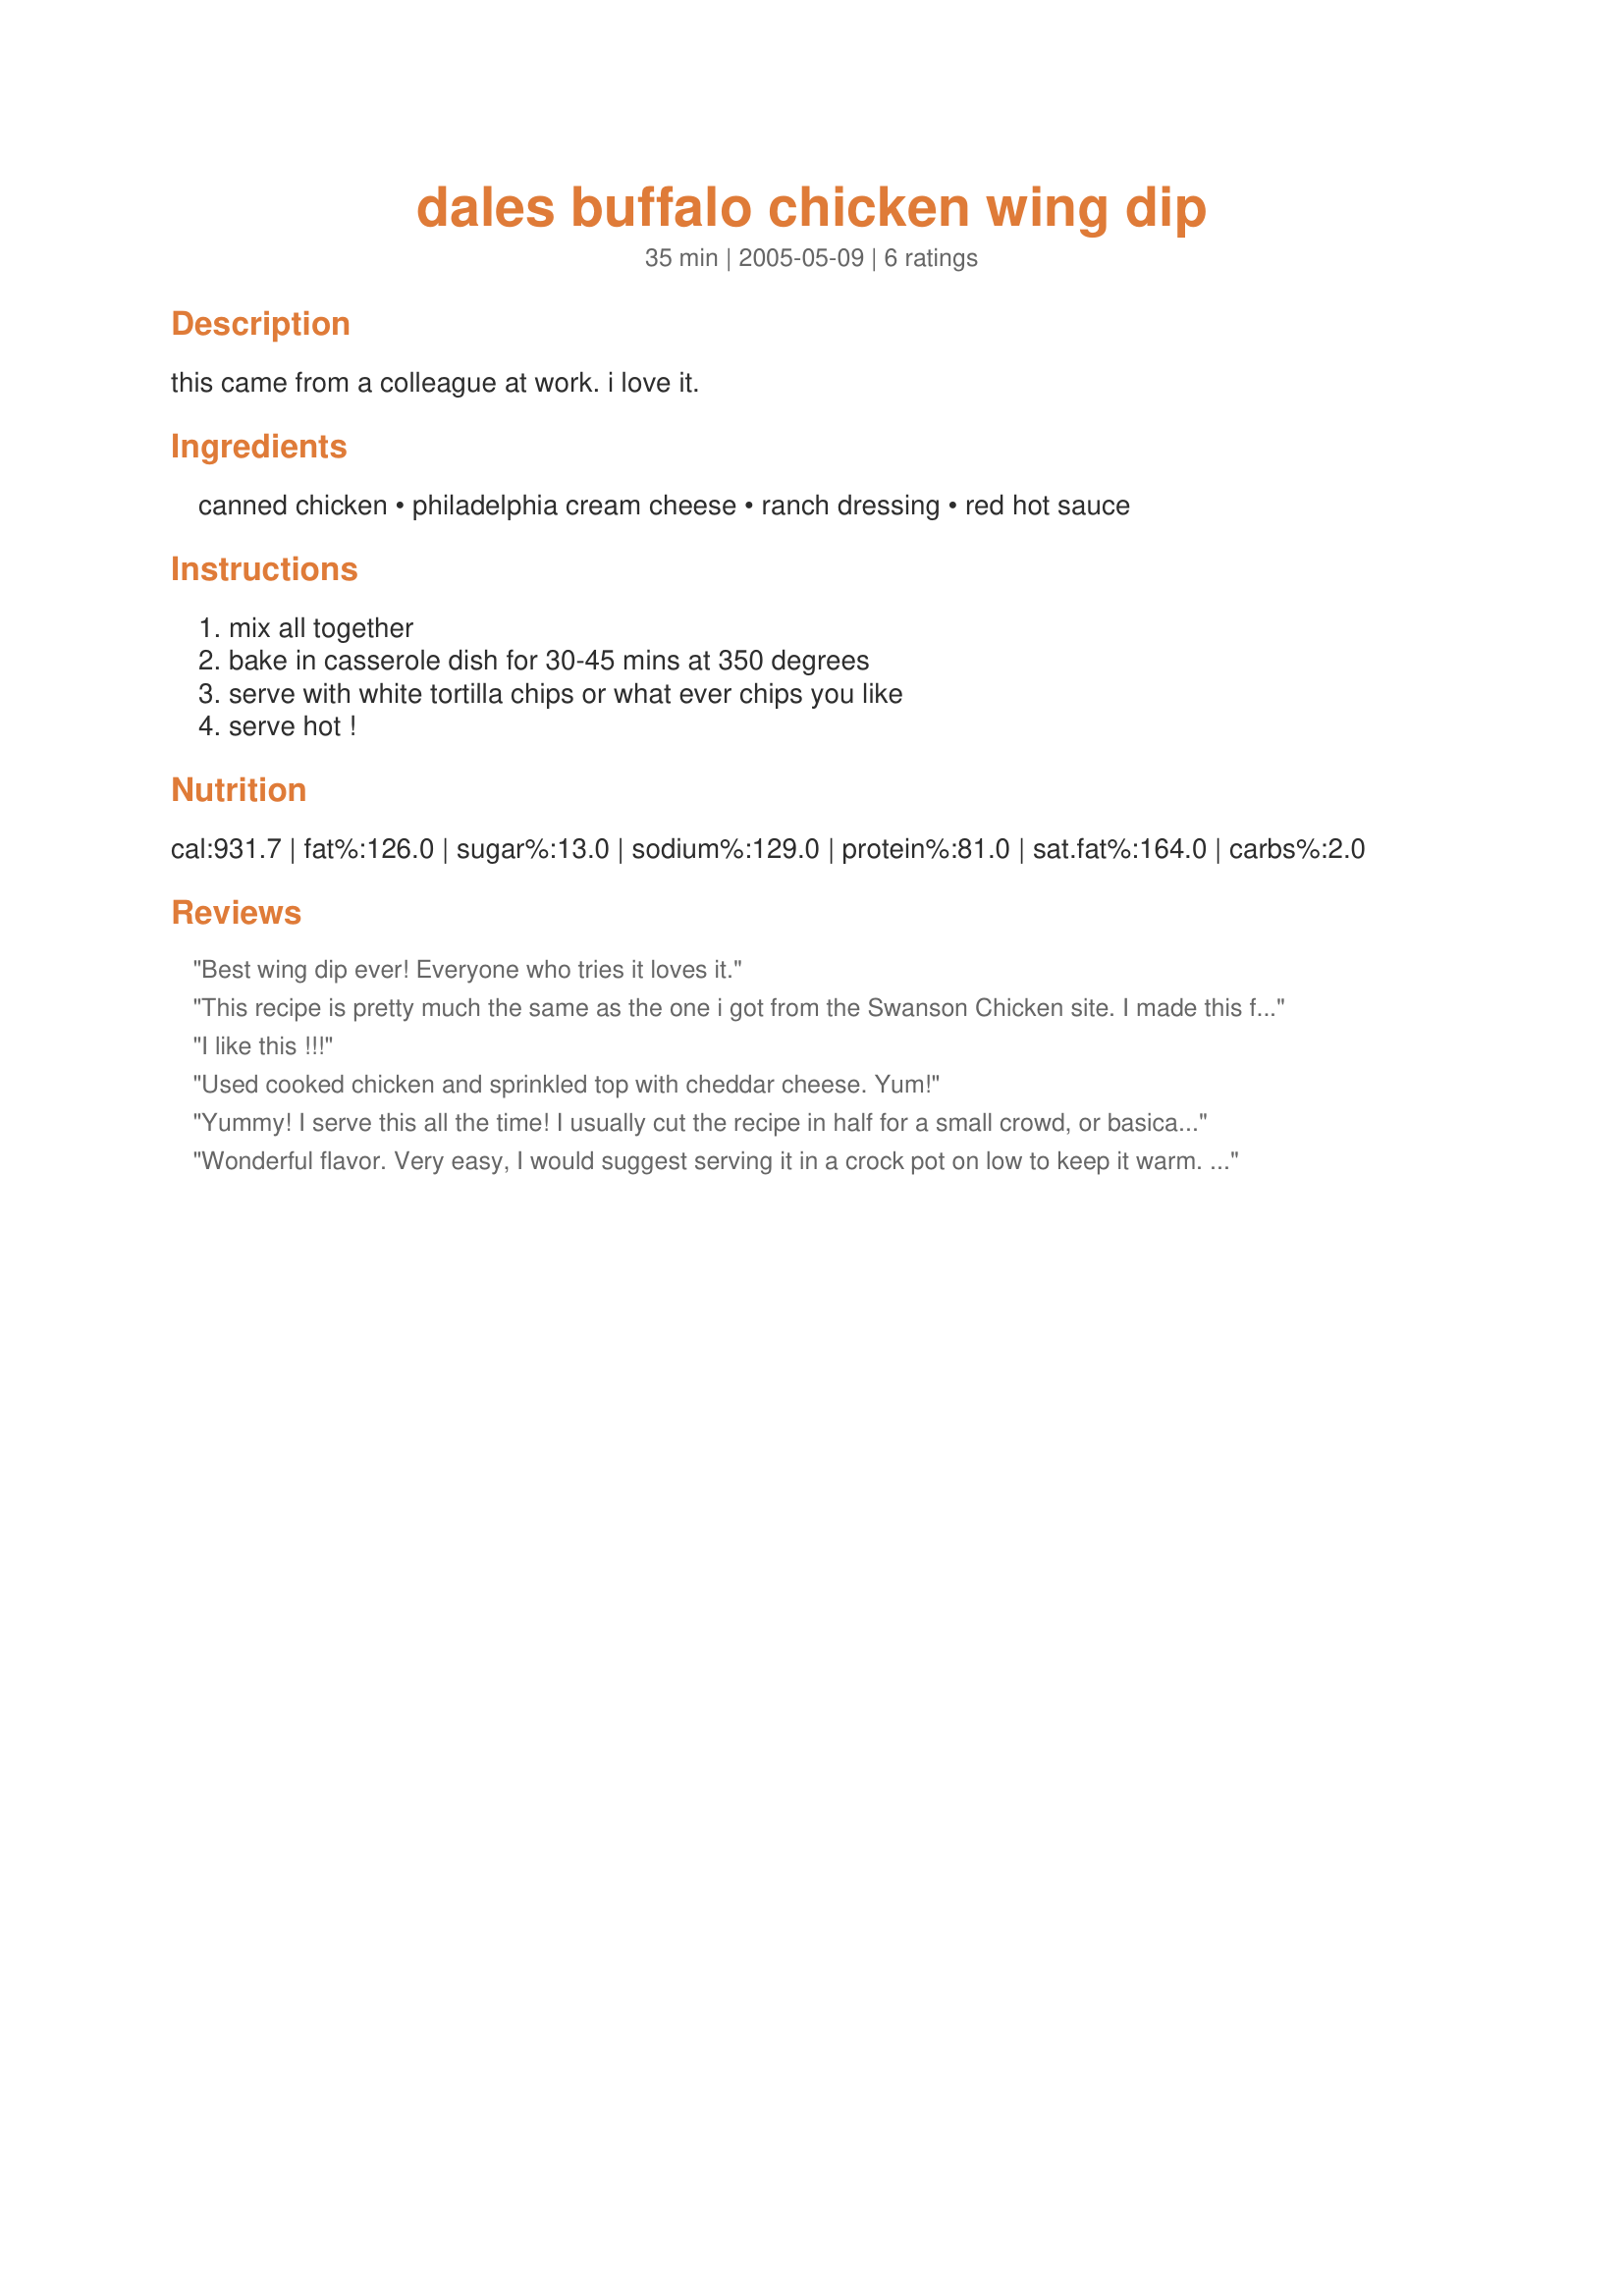
dales buffalo chicken wing dip
Preparation time: 35 minutes

this came from a colleague at work.
i love it.

Ingredients:
canned chicken, philadelphia cream cheese, ranch dressing, red hot sauce

Steps:
mix all together, bake in casserole dish for 30-45 mins at 350 degrees, serve with white tortilla chips or what ever chips you like, serve hot !

Reviews:
Best wing dip ever! Everyone who tries it loves it.
This recipe is pretty much the same as the one i got from the Swanson Chicken site. I made this for my Superbowl party this Sunday. I only made half this amount though. I also used fat free cream cheese and Lite Ranch dressing. My recipe also called for about 2 ounces of Mozzarella cheese. I used 2%. I baked mine at 350 for 20 minutes. It was GONE before the guest even finished arriving!!! We served it with pita chips and celery. It was awesome!!! Will make many many more times.
I like this !!!
Used cooked chicken and sprinkled top with cheddar cheese. Yum!
Yummy! I serve this all the time! I usually cut the recipe in half for a small crowd, or basically for my self and enjoy the leftovers the next day! This is easy and tastye DELICIOUS!! THX
Wonderful flavor. Very easy, I would suggest serving it in a crock pot on low to keep it warm. Thanks for sharing this great recipe!!
